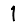
Digit: 1